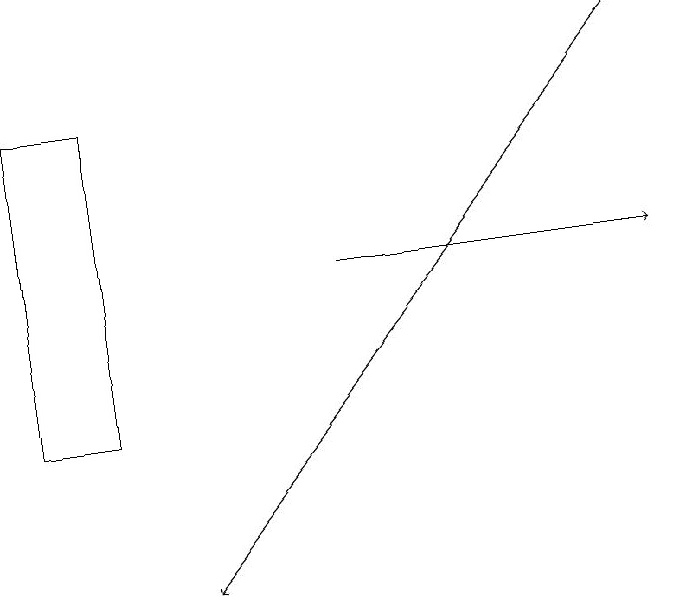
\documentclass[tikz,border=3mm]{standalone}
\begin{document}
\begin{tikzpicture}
\draw[->] (8,18) -- (2,11);
\draw[->] (4,15) -- (8,15);
\draw (0,17) rectangle (1,13);
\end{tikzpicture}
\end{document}